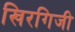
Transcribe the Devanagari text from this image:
खिरगिजी